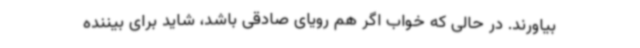
بیاورند. در حالی که خواب اگر هم رویای صادقی باشد، شاید برای بیننده